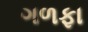
ગળફા